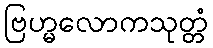
ဗြဟ္မလောကသုတ္တံ